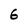
Character: 6